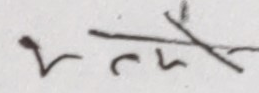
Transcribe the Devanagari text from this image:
रन् छ